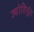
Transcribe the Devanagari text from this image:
ज्योतिर्भूत